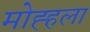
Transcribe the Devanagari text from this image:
मोह्हला